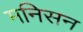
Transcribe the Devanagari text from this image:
मनिसन